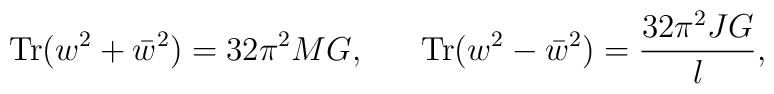
\mbox{Tr}( w^2 + \bar w^2) = 32\pi^2 MG,  \ \ \ \ \ \mbox{Tr}( w^2 - \bar w^2) = {32\pi^2 JG\over l},